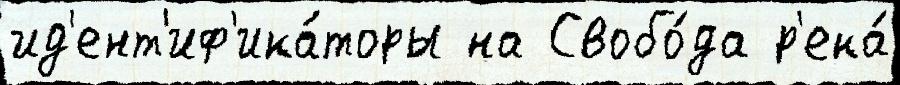
ид'ент'иф'ика́торы на Свобо́да р'ека́